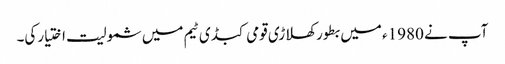
آپ نے 1980ء میں بطور کھلاڑی قومی کبڈی ٹیم میں شمولیت اختیارکی۔